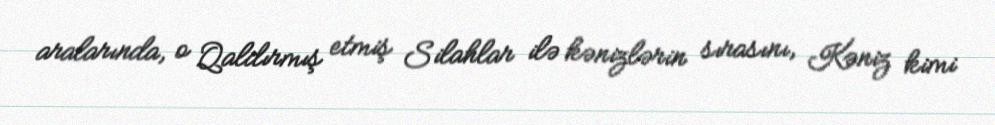
aralarında, o Qaldırmış etmiş Silahlar ilə kənizlərin sırasını, Kəniz kimi